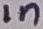
Text: 1n